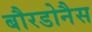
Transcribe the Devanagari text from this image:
बौरडोनैस